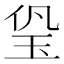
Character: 㺸